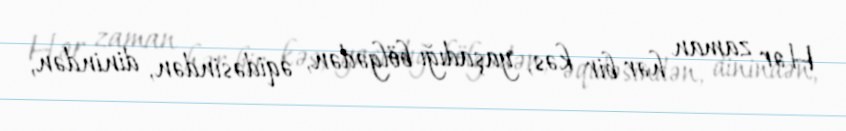
Hər zaman hər bir kəs, yaşadığı bölgədən, əqidəsindən, dinindən,